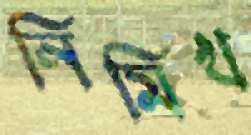
নিমিখ